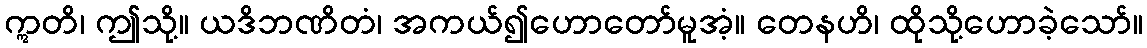
ဣတိ၊ ဤသို့။ ယဒိဘဏိတံ၊ အကယ်၍ဟောတော်မူအံ့။ တေနဟိ၊ ထိုသို့ဟောခဲ့သော်။